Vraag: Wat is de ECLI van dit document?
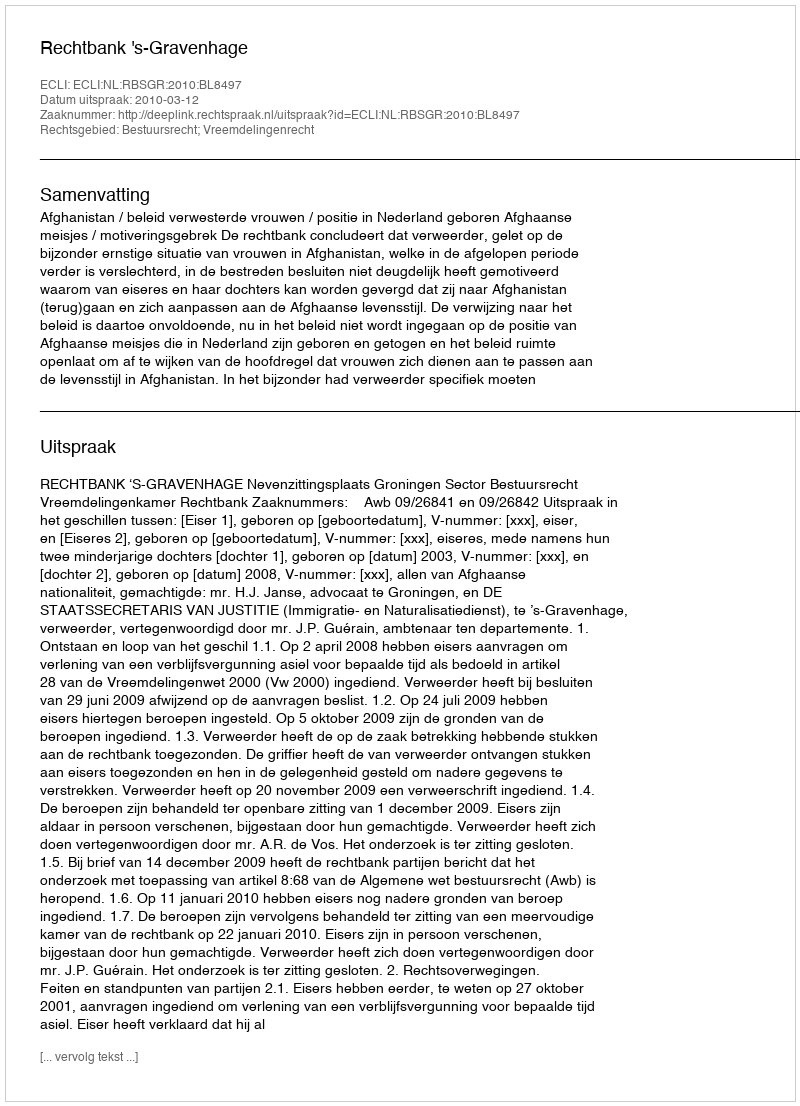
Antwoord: ECLI:NL:RBSGR:2010:BL8497